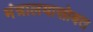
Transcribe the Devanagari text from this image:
मंत्रालयासोबत